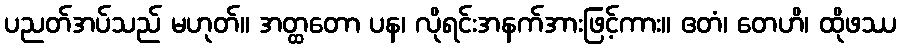
ပညတ်အပ်သည် မဟုတ်။ အတ္ထတော ပန၊ လိုရင်းအနက်အားဖြင့်ကား။ ဧတံ၊ တေဟိ၊ ထိုဖဿ